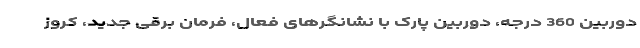
دوربین 360 درجه، دوربین پارک با نشانگرهای فعال، فرمان برقی جدید، کروز